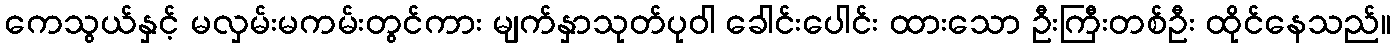
ကေသွယ်နှင့် မလှမ်းမကမ်းတွင်ကား မျက်နှာသုတ်ပုဝါ ခေါင်းပေါင်း ထားသော ဦးကြီးတစ်ဦး ထိုင်နေသည်။